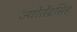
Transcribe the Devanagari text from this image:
ज्योतेंद्रसिंह